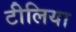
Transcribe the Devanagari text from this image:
टीलिया